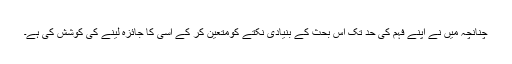
چنانچہ میں نے اپنے فہم کی حد تک اس بحث کے بنیادی نکتے کومتعین کر کے اسی کا جائزہ لینے کی کوشش کی ہے۔